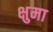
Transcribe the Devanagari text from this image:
क्षुमा